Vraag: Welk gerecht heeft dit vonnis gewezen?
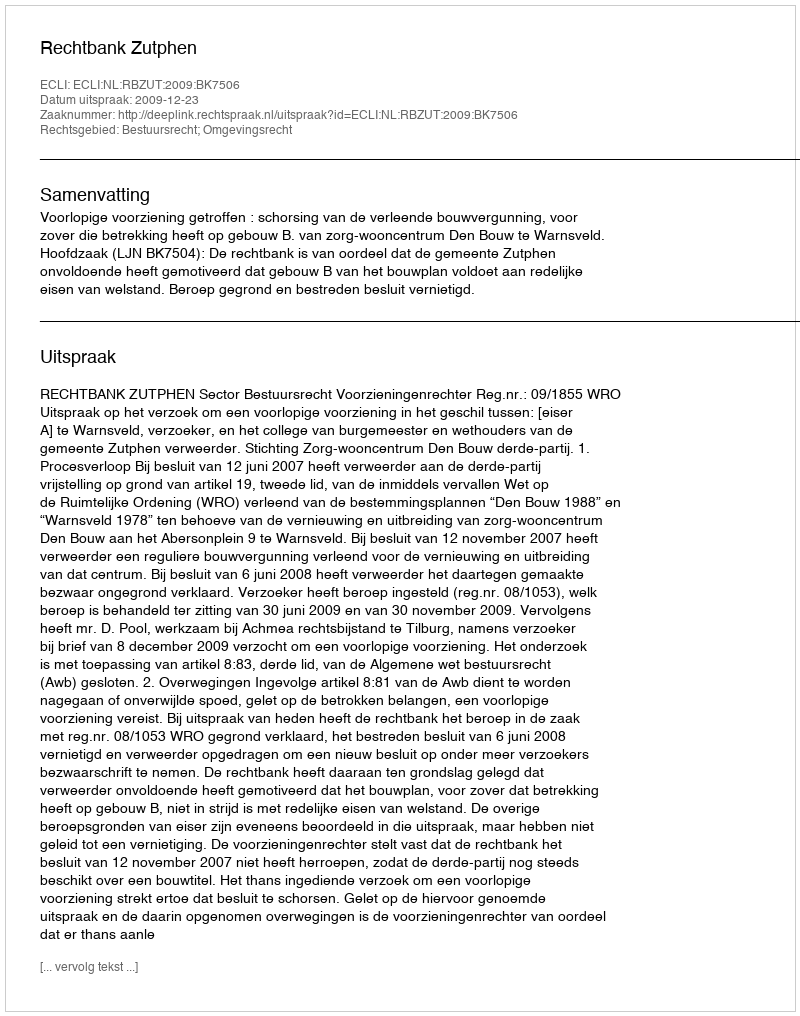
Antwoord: Rechtbank Zutphen